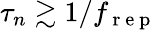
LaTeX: \tau_{n}\gtrsim 1/f_{\mathrm{~r~e~p~}}